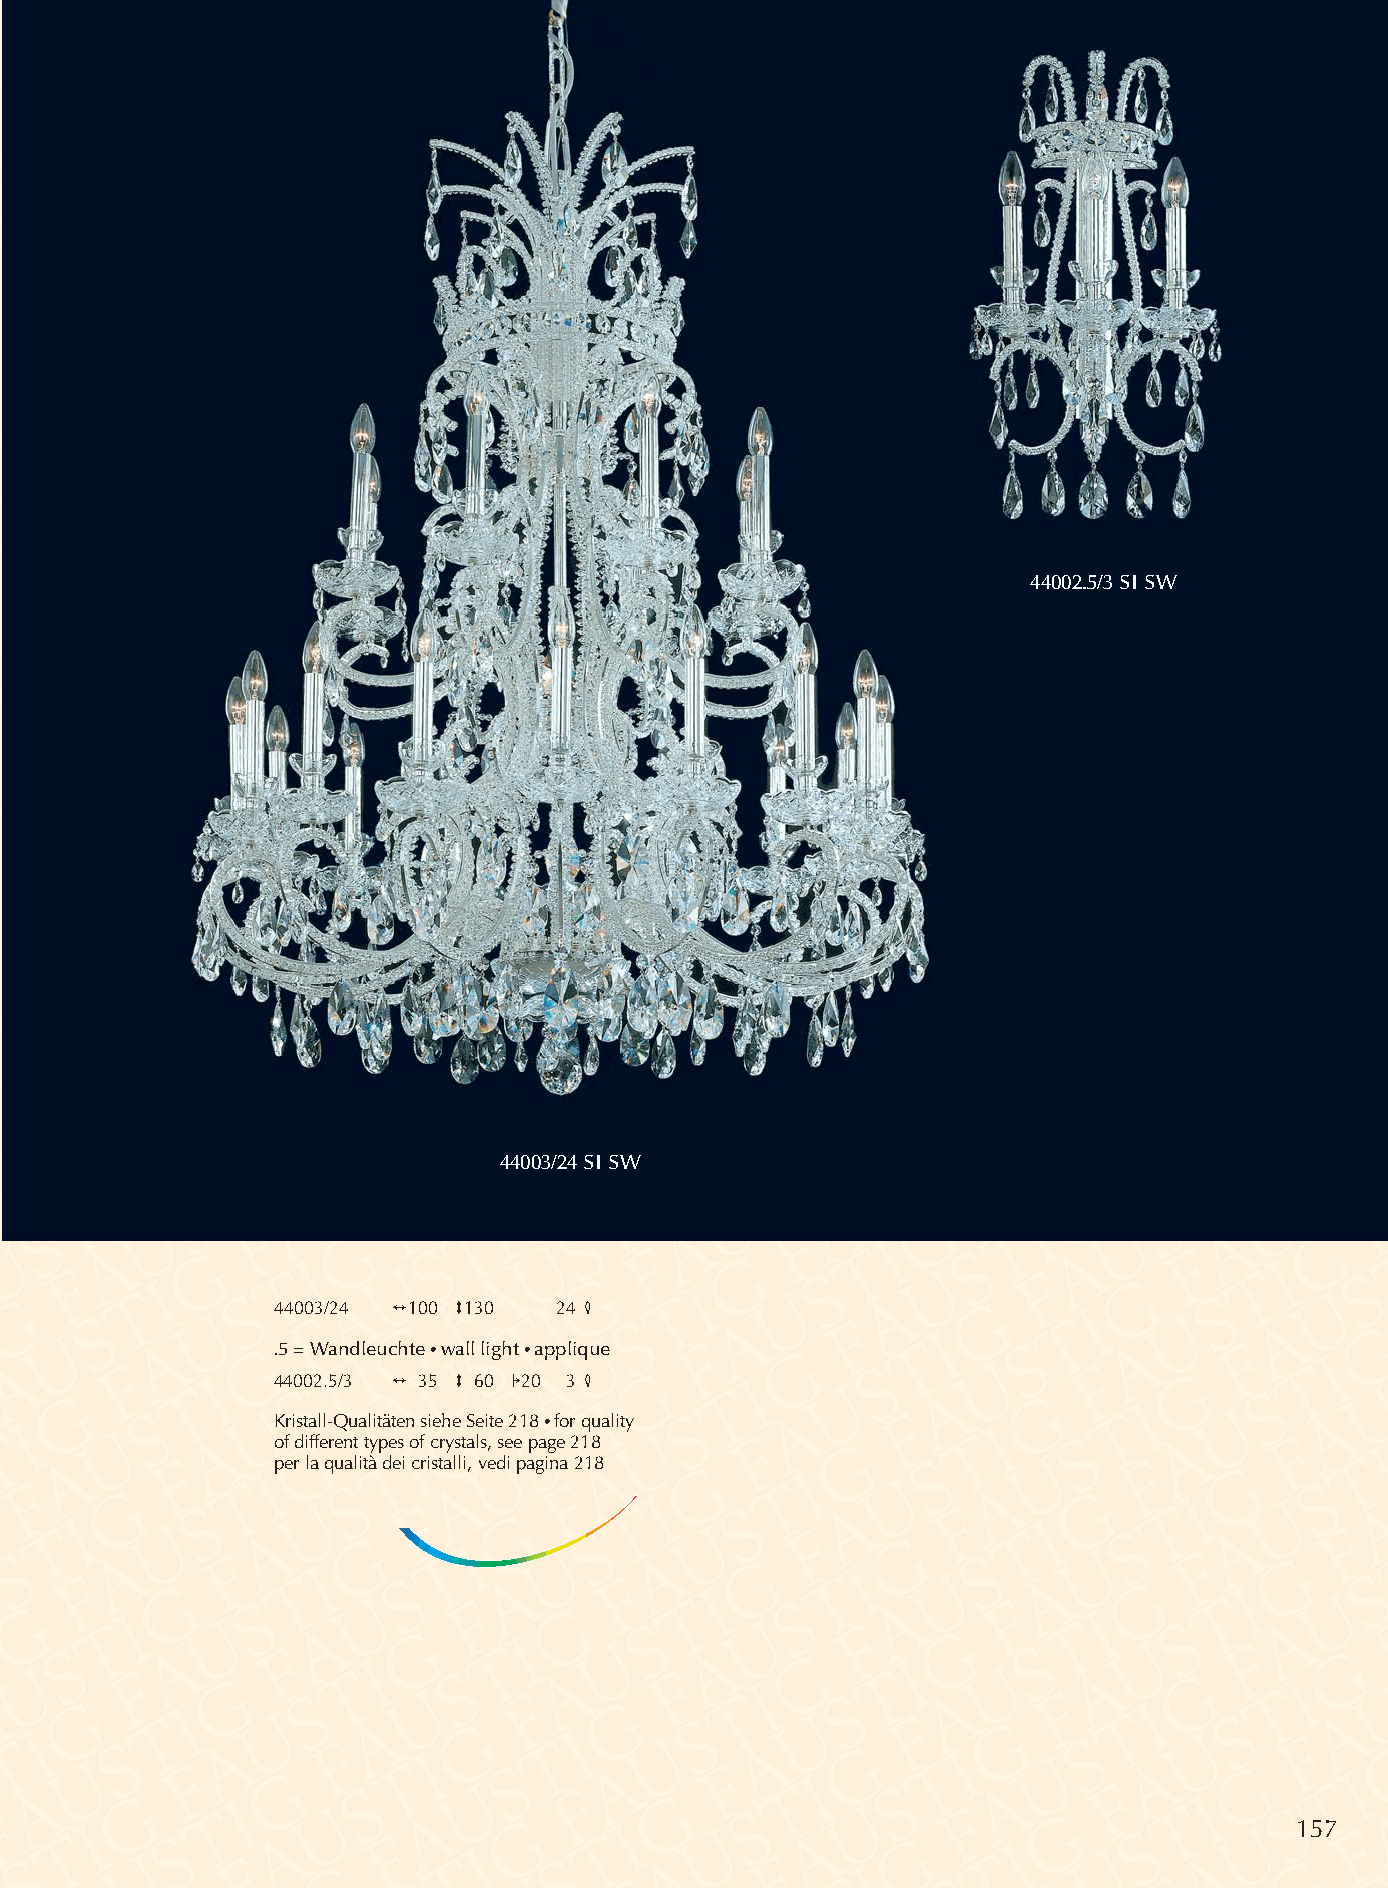
44002.5/3 SI SW
 44003/24 SI SW
 44003/24 2100 3130 24 4
 .5 = Wandleuchte •wall light •applique
 44002.5/3 2 35 3 60 120 3 4
 Kristall-Qualitäten siehe Seite 218 •for quality
 of different types of crystals, see page 218
 per la qualità dei cristalli, vedi pagina 218
 157